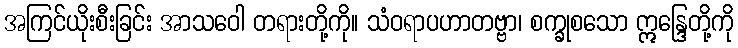
အကြင်ယိုးစီးခြင်း အာသဝေါ တရားတို့ကို။ သံဝရာပဟာတဗ္ဗာ၊ စက္ခုစသော ဣန္ဒြေတို့ကို